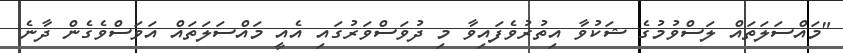
"މައްސަލަތައް ލަސްވުމުގެ ޝަކުވާ އިތުރުވެފައިވާ މި ދުވަސްވަރުގައި އެއީ މައްސަލަތައް އަވަސްވެގެން ދާނެ